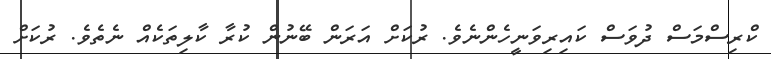
ކްރިސްމަސް ދުވަސް ކައިރިވަނީހެންނެވެ. ރުކަށް އަރަން ބޭނުން ކުރާ ކާލިތަކެއް ނެތެވެ. ރުކަށް